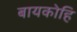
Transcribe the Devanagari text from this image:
बायकोहि